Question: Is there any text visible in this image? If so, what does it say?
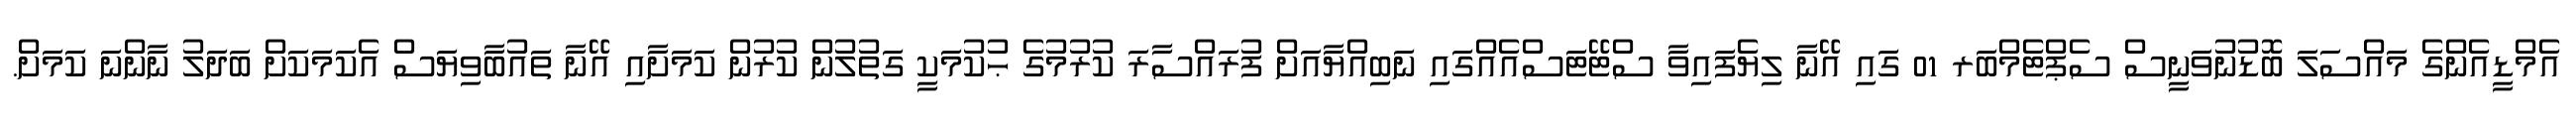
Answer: އެމްޑީއެންގެ މައްސަލަ ބޮޑުނުވަނީސް ސެޕްޓެމްބަރ 01 ގައި އޭނާ ލިޔެފައިވާ ސްޓޭޓަސްއެއްގައި ނަބިއްޔާއަށް ފުރައްސާރަ ކުރުމުގެ ޙުކުމަކީ ގަތުލުން ކުރުން ކަމަށާއި އޭނާ ތައުބާވިޔަސް އެކަމަކަށް ބަދަލު ނާންނަ ކަމަށް.